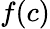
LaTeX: f(c)